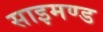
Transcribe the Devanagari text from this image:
साइमण्ड